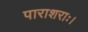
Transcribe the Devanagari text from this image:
पाराशराः।